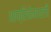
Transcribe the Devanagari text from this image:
आफ्रिकेमधली